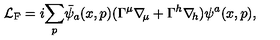
{ \cal L } _ { \mathrm { F } } = i \displaystyle { \sum _ { p } } \bar { \psi } _ { a } ( x , p ) ( \Gamma ^ { \mu } \nabla \! _ { \mu } + \Gamma ^ { h } \nabla \! _ { h } ) \psi ^ { a } ( x , p ) ,